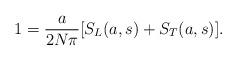
LaTeX: \begin{align*}1= \frac{a}{ 2N \pi} [S_L(a,s)+S_T(a,s)].\end{align*}